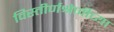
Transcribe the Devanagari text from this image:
विस्तीर्णश्रेणीच्या